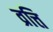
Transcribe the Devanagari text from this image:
व्रत्ति